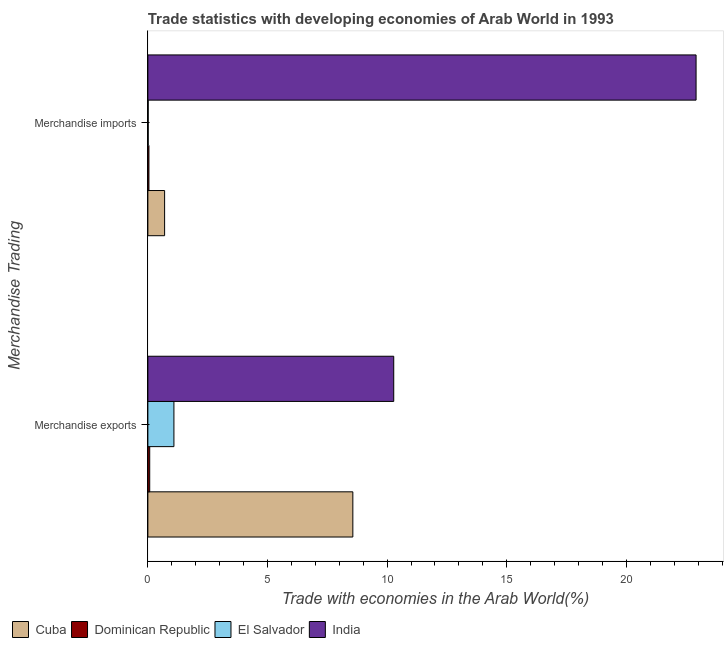
| Merchandise Trading | Cuba | Dominican Republic | El Salvador | India |
 | --- | --- | --- | --- | --- |
 | Merchandise exports | 8.57 | 0.0775 | 1.09 | 10.3 |
 | Merchandise imports | 0.7 | 0.0445 | 0.0141 | 22.9 |